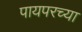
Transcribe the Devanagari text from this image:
पायपरच्या